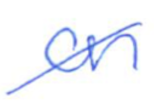
Text: on
Cross-out: diagonal
Writing tool: ballpoint